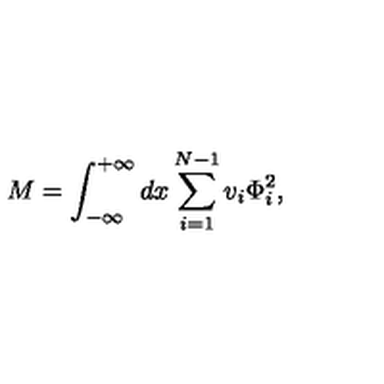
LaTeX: M = \int _ { - \infty } ^ { + \infty } d x \sum _ { i = 1 } ^ { N - 1 } v _ { i } \Phi _ { i } ^ { 2 } ,